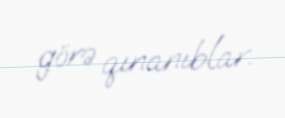
görə qınanıblar.